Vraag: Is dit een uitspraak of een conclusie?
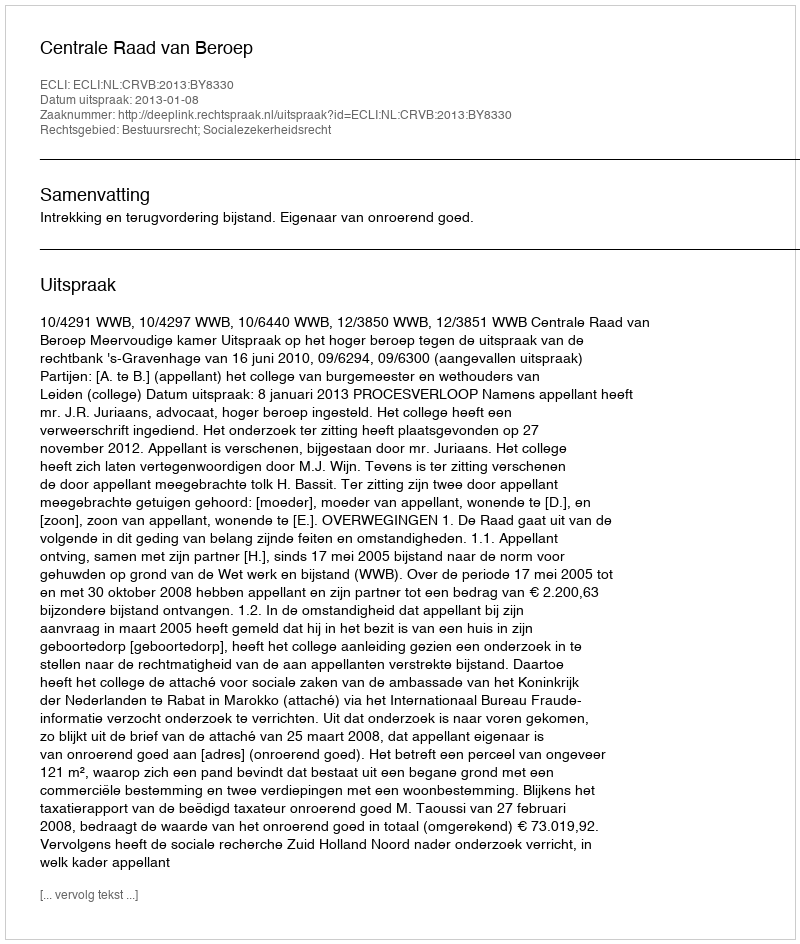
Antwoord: Uitspraak